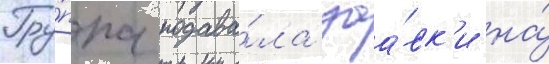
Гру́ппа подава́ла заа́вк'и на́